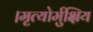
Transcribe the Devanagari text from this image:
।मृत्योर्मुक्षिय